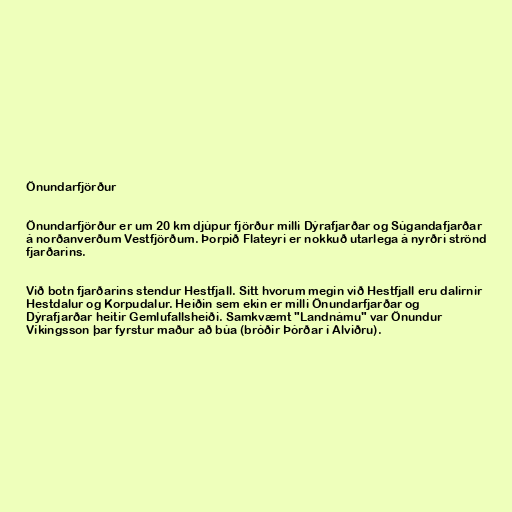
Önundarfjörður

Önundarfjörður er um 20 km djúpur fjörður milli Dýrafjarðar og Súgandafjarðar
á norðanverðum Vestfjörðum. Þorpið Flateyri er nokkuð utarlega á nyrðri strönd
fjarðarins.

Við botn fjarðarins stendur Hestfjall. Sitt hvorum megin við Hestfjall eru dalirnir
Hestdalur og Korpudalur. Heiðin sem ekin er milli Önundarfjarðar og
Dýrafjarðar heitir Gemlufallsheiði. Samkvæmt "Landnámu" var Önundur
Víkingsson þar fyrstur maður að búa (bróðir Þórðar í Alviðru).